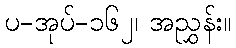
ပ-အုပ်-၁၆၂၊ အညွှန်း။